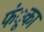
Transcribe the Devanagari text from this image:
फंूका